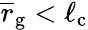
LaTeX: \overline{r}_{\mathrm{g}}<\ell_{\mathrm{c}}